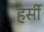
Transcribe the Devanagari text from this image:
हर्सी